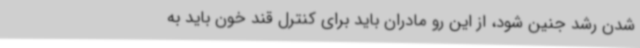
شدن رشد جنین شود، از این رو مادران باید برای کنترل قند خون باید به